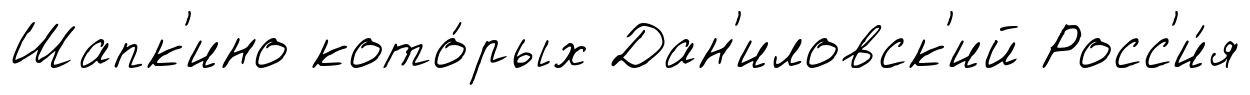
Шапк'ино кото́рых Дан'иловск'ий Росс'и́я